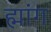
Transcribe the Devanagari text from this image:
ह्मांग